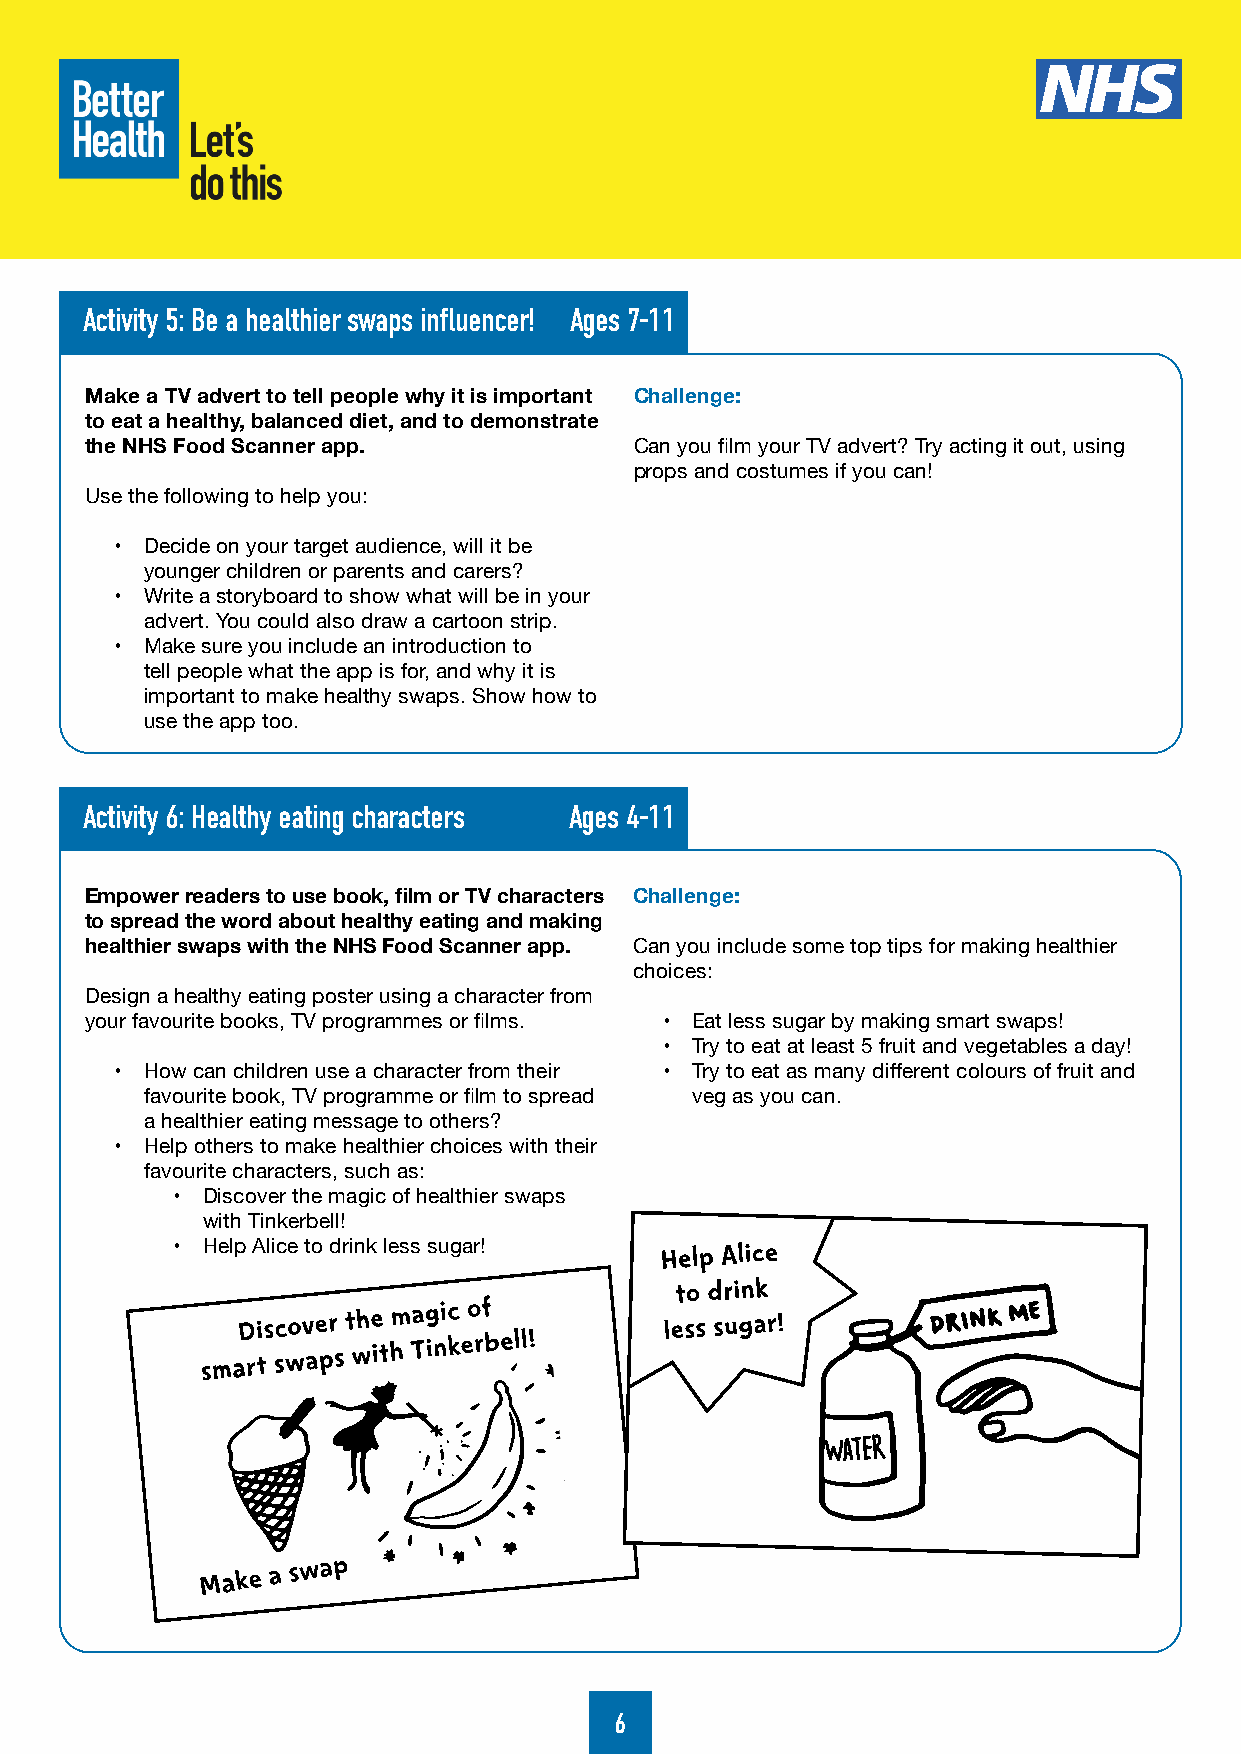
Activity 5: Be a healthier swaps influencer! Ages 7-11
 Make a TV advert to tell people why it is important Challenge:
 to eat a healthy, balanced diet, and to demonstrate
 the NHS Food Scanner app.           Can you film your TV advert? Try acting it out, using
 props and costumes if you can!
 Use the following to help you:
 • Decide on your target audience, will it be
 younger children or parents and carers?
 • Write a storyboard to show what will be in your
 advert. You could also draw a cartoon strip.
 • Make sure you include an introduction to
 tell people what the app is for, and why it is
 important to make healthy swaps. Show how to
 use the app too.
 Activity 6: Healthy eating characters Ages 4-11
 Empower readers to use book, film or TV characters Challenge:
 to spread the word about healthy eating and making
 healthier swaps with the NHS Food Scanner app. Can you include some top tips for making healthier
 choices:
 Design a healthy eating poster using a character from
 your favourite books, TV programmes or films. • Eat less sugar by making smart swaps!
 • Try to eat at least 5 fruit and vegetables a day!
 • How can children use a character from their • Try to eat as many different colours of fruit and
 favourite book, TV programme or film to spread veg as you can.
 a healthier eating message to others?
 • Help others to make healthier choices with their
 favourite characters, such as:
 • Discover the magic of healthier swaps
 with Tinkerbell!
 • Help Alice to drink less sugar!
 6